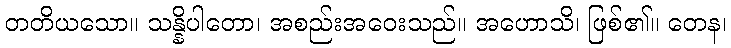
တတိယသော။ သန္နိပါတော၊ အစည်းအဝေးသည်။ အဟောသိ၊ ဖြစ်၏။ တေန၊